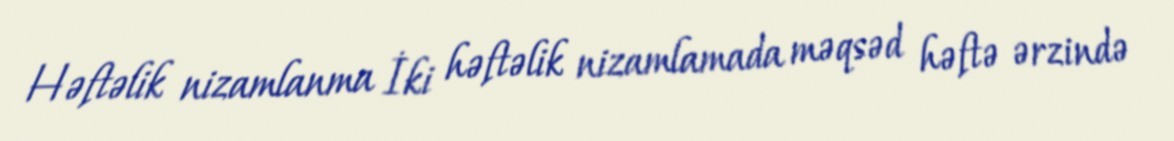
Həftəlik nizamlanma İki həftəlik nizamlamada məqsəd həftə ərzində